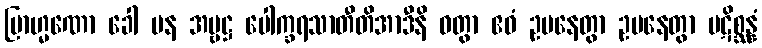
ဗြာဟ္မဏော ခေါ ပန အမ္ဗဋ္ဌ ပေါက္ခရသာတီတိအာဒီနိ ဝတွာ ဧဝံ ဥပနေတွာ ဥပနေတွာ ပဋိစ္ဆန္နံ